Note on the mental hospitals in Burma - 1925-1940
Year: 1925
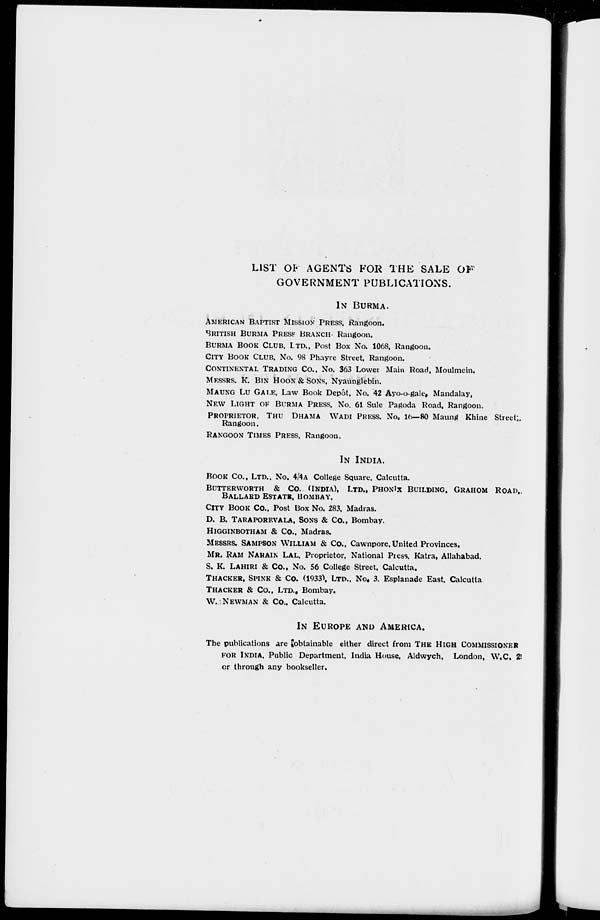
LIST OF AGENTS FOR THE SALE OF
GOVERNMENT PUBLICATIONS.
IN BURMA.
AMERICAN BAPTIST MISSION PRESS,Rangoon.
BRITISH BURMA PRESS, BRANCH. Rangoon.
BURMA BOOK CLUB. LTD., Post Box No. 1068. Rangoon.
CITY BOOK CLUB, No. 98 Phayre Street. Rangoon.
CONTINENTAL TRADING CO., NO. 363 Lower Main Road. Moulmein.
MESSRS. K.BIN HOON & SONS. Nyaunglebin.
MAUNG LU GALE, Law Book Depôt. No. 42 Ayo-o-gale, Mandalay,
NEW LIGHT OF BURMA PRESS. NO. 61 Sule Pagoda Road, Rangoon.
PROPRIETOR, THU DHAMIA WADI PRESS. NO, 10-80 Maung Khine Streets
Rangoon.
RANGOON TIMES PRESS, Rangoon.
IN INDIA.
BOOK CO., LTD., NO. 4/4 A College Square. Calcutta.
BUTTERWORTH & CO. (INDIA), LTD.. PHONIX BUILDING, GRAHOM ROAD.
BALLARD ESTATE, BOMBAY.
CITY BOOK CO., Post Box No. 283. Madras.
D. B. TARAPOREVALA, SONS & Co., Bombay.
HIGGINBOTHAM & Co., Madras.
MESSRS, SAMPSON WILLIAM & Co., Cawnpore. United Provinces.
MR. RAM NARAIN LAL, Proprietor. National Press. Katra, Allahabad.
S. K. LAHIRI& CO., No. 56 College Street, Calcutta.
THACKER,SPINK & Co. (1933)LTD.,NO. 3. Esplanade East. Calcutta
THACKER & Co., LTD.,Bombay.
W. NEWMAN & Co.. Calcutta.
IN EUROPE AND AMERICA.
The publications are obtainable either direct from THE HIGH COMMISSIONER
FOR INDIA. Public Department. India House. Aldwych. London, W.C. 2
or through any bookseller.